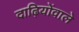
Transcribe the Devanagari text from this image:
दाढ़ियोंवाले